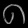
Digit: ၈